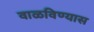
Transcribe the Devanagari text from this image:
वाळविण्यास